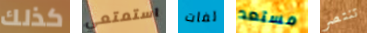
كذلك استمتعي لفات مستعد تنتصر